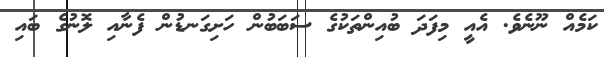
ކަމެއް ނޫނެވެ. އެއީ މިފަދަ ބުއިންތަކުގެ ސަބަބުން ހަށިގަނޑުން ފެނާއި ލޮނުގެ ބައި